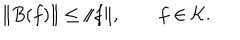
LaTeX: \| B ( f ) \| \le \| f \| , \qquad f \in { \cal K } .